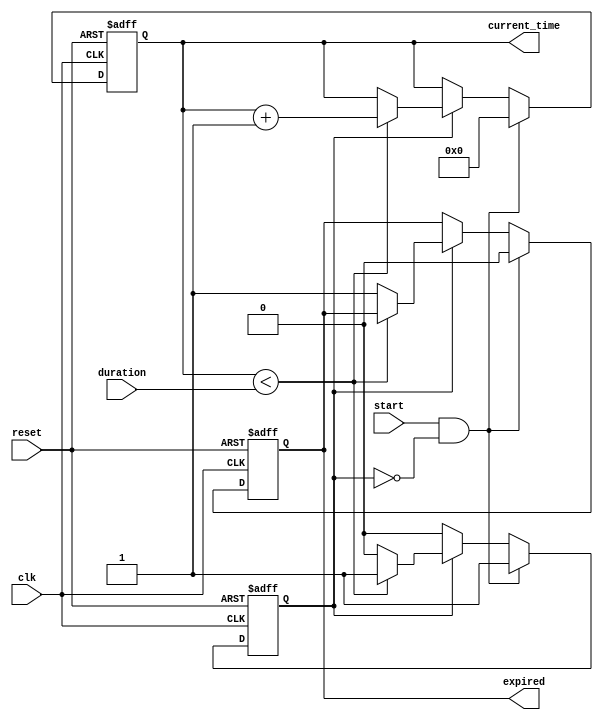
module timer_event_control (
    input wire clk,           // Clock signal
    input wire reset,         // Reset signal
    input wire start,         // Start signal
    input wire [31:0] duration, // Duration parameter (in clock cycles)
    output reg expired,       // Timer expired signal
    output reg [31:0] current_time // Current time output
);

// Internal state
reg counting; // Indicates whether the timer is counting

// Sequential logic
always @(posedge clk or posedge reset) begin
    if (reset) begin
        // Reset the timer
        current_time <= 32'b0;
        expired <= 1'b0;
        counting <= 1'b0;
    end else if (start && !counting) begin
        // Start the timer if not already counting
        current_time <= 32'b0;
        expired <= 1'b0;
        counting <= 1'b1;
    end else if (counting) begin
        // Increment the timer if counting
        if (current_time < duration) begin
            current_time <= current_time + 1'b1;
        end else begin
            // Timer has expired
            expired <= 1'b1;
            counting <= 1'b0; // Stop counting
        end
    end else if (expired && !start) begin
        // Expired signal remains high until reset
        // It can be reset by the reset signal
        // No action on expired signal, it will be reset on a new start or reset
    end
end

endmodule